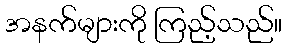
အနက်များကို ကြည့်သည်။